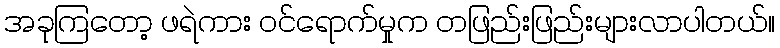
အခုကြတော့ ဖရဲကား ဝင်ရောက်မှုက တဖြည်းဖြည်းများလာပါတယ်။